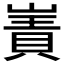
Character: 𫶑